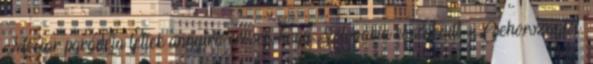
Mečiar parádéja lettek annyira erősek, hogy Szlovákia elszakadt Csehországtól,